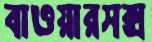
বাওয়ারসক্স